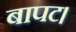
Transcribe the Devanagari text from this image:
बापट।